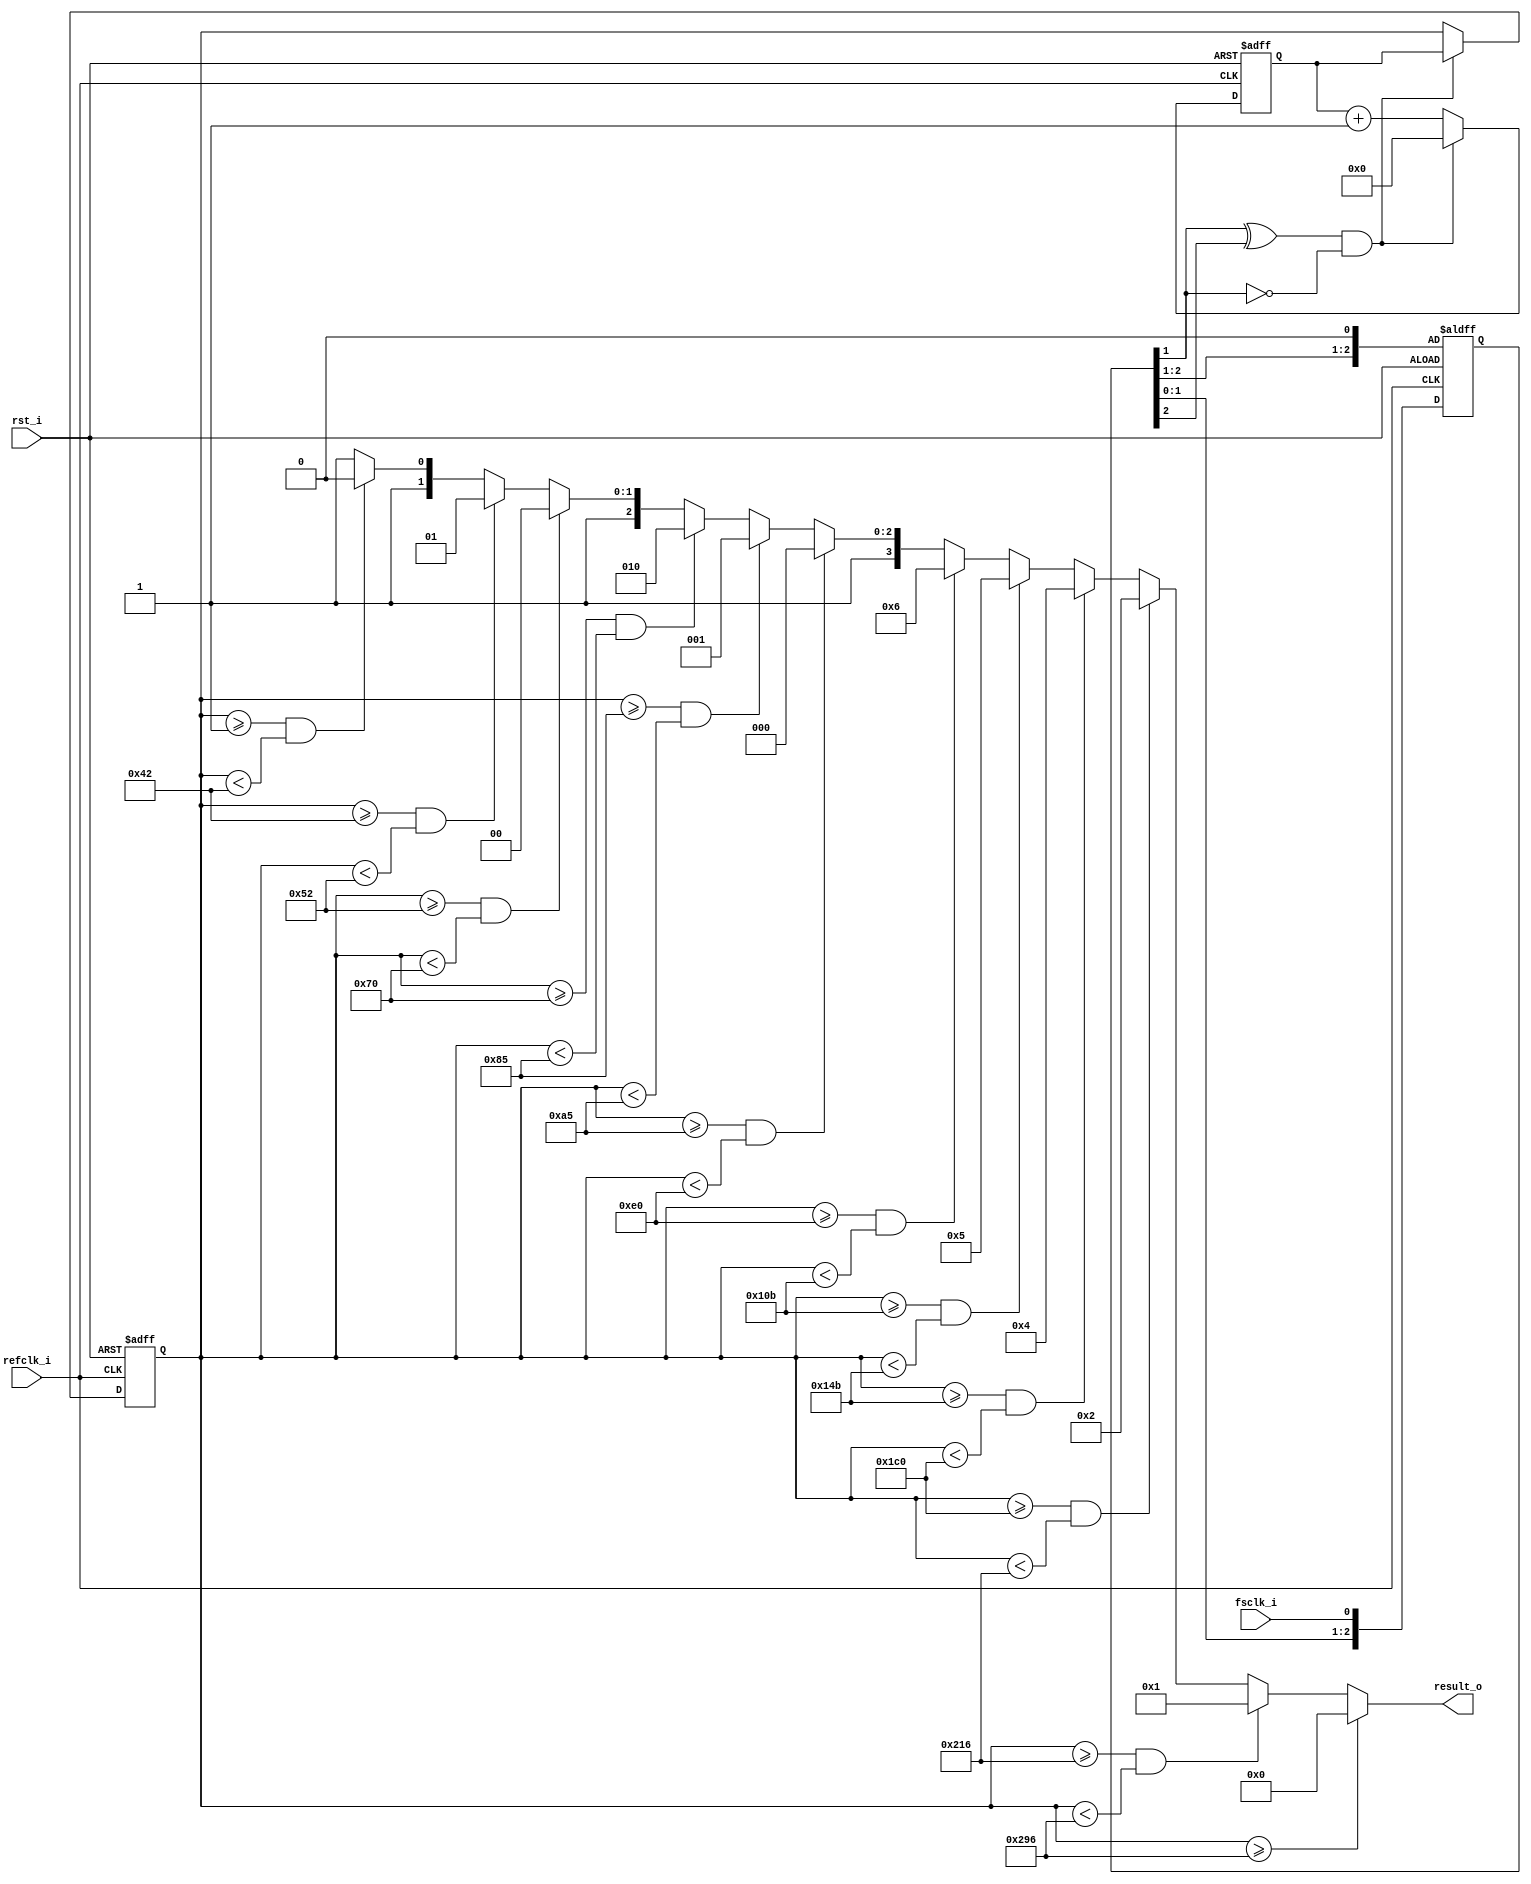
module fs_counter(
	  refclk_i
	, fsclk_i
	, rst_i
	, result_o
);

//
// I/O Ports
//
	input refclk_i;			// refclk_i must be 24.576MHz
	input fsclk_i;			// sampling clock frequency input
	input rst_i;			// Active Hi Reset
	output [3:0] result_o;	// 0000:32k, 0001:44.1k, 0010:48k, 0100:64k, 0101:88.2k, 0110:96k
							// 1000:128k, 1001:176.4k, 1010:192k, 1100:256k, 1101:352.8k: 1110:384k

//
// Wires & Registers
	reg [9:0] cnt;
	reg [9:0] l_cnt;
	reg [2:0] s_fsclk;
//
// Module
//
	//Defective for Meta-stable
	always @ (posedge rst_i or negedge refclk_i) begin
		if(rst_i) begin
			s_fsclk[0] <= 1'b0;
		end
		else begin
			s_fsclk[2:0] <= {s_fsclk[1:0], fsclk_i};
		end
	end
	//Negative Edge Detector
	wire edgedet = (s_fsclk[1] ^ s_fsclk[2]) & ~s_fsclk[1];

	always @ (posedge refclk_i or posedge rst_i) begin
		if(rst_i) begin
			l_cnt[9:0] <= 10'b0;
			cnt[9:0] <= 10'b0;
		end
		else begin
			if(edgedet) begin
				l_cnt[9:0] <= cnt[9:0];
				cnt[9:0] <= 10'b0;
			end
			else begin
				cnt[9:0] <= cnt[9:0] + 1'b1;
			end
		end
	end
	
	assign result_o = (l_cnt[9:0] >= 10'd662) ? 4'b0000 :
							(l_cnt[9:0] >= 10'd534 && l_cnt[9:0] < 662) ? 4'b0001 :
							(l_cnt[9:0] >= 10'd448 && l_cnt[9:0] < 534) ? 4'b0010 :
							(l_cnt[9:0] >= 10'd331 && l_cnt[9:0] < 448) ? 4'b0100 :
							(l_cnt[9:0] >= 10'd267 && l_cnt[9:0] < 331) ? 4'b0101 :
							(l_cnt[9:0] >= 10'd224 && l_cnt[9:0] < 267) ? 4'b0110 :
							(l_cnt[9:0] >= 10'd165 && l_cnt[9:0] < 224) ? 4'b1000 :
							(l_cnt[9:0] >= 10'd133 && l_cnt[9:0] < 165) ? 4'b1001 :
							(l_cnt[9:0] >= 10'd112 && l_cnt[9:0] < 133) ? 4'b1010 :
							(l_cnt[9:0] >= 10'd82 && l_cnt[9:0] < 112) ? 4'b1100 :
							(l_cnt[9:0] >= 10'd66 && l_cnt[9:0] < 82) ? 4'b1101 :
							(l_cnt[9:0] >= 10'd1 && l_cnt[9:0] < 66) ? 4'b1110 :
							4'b1111;
			
	
	
			
endmodule